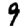
Digit: 9